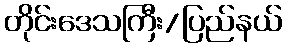
တိုင်းဒေသကြီး/ပြည်နယ်